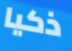
ذكيا